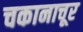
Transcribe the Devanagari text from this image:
चकानाचूर